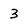
Character: 3